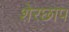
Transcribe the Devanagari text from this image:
शेरछाप